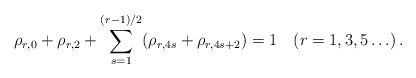
\begin{align*}\rho_{r,0} + \rho_{r,2} + \sum \limits^{(r-1)/2}_{s=1} (\rho_{r,4s}+ \rho_{r, 4s+2}) = 1 \quad (r = 1,3,5 \ldots) \, .\end{align*}